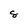
Character: 8